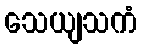
သေယျသကံ